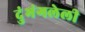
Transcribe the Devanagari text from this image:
दुंभंगलेली